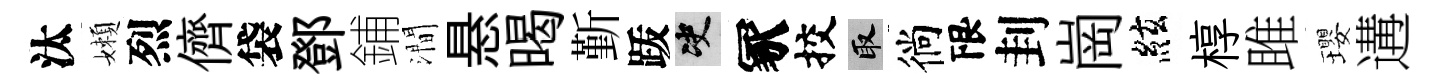
汰嬾烈儕袋鄧鋪澗悬暍斳䟦决冢挍取徜限刲崗絃椁雎瓔遘